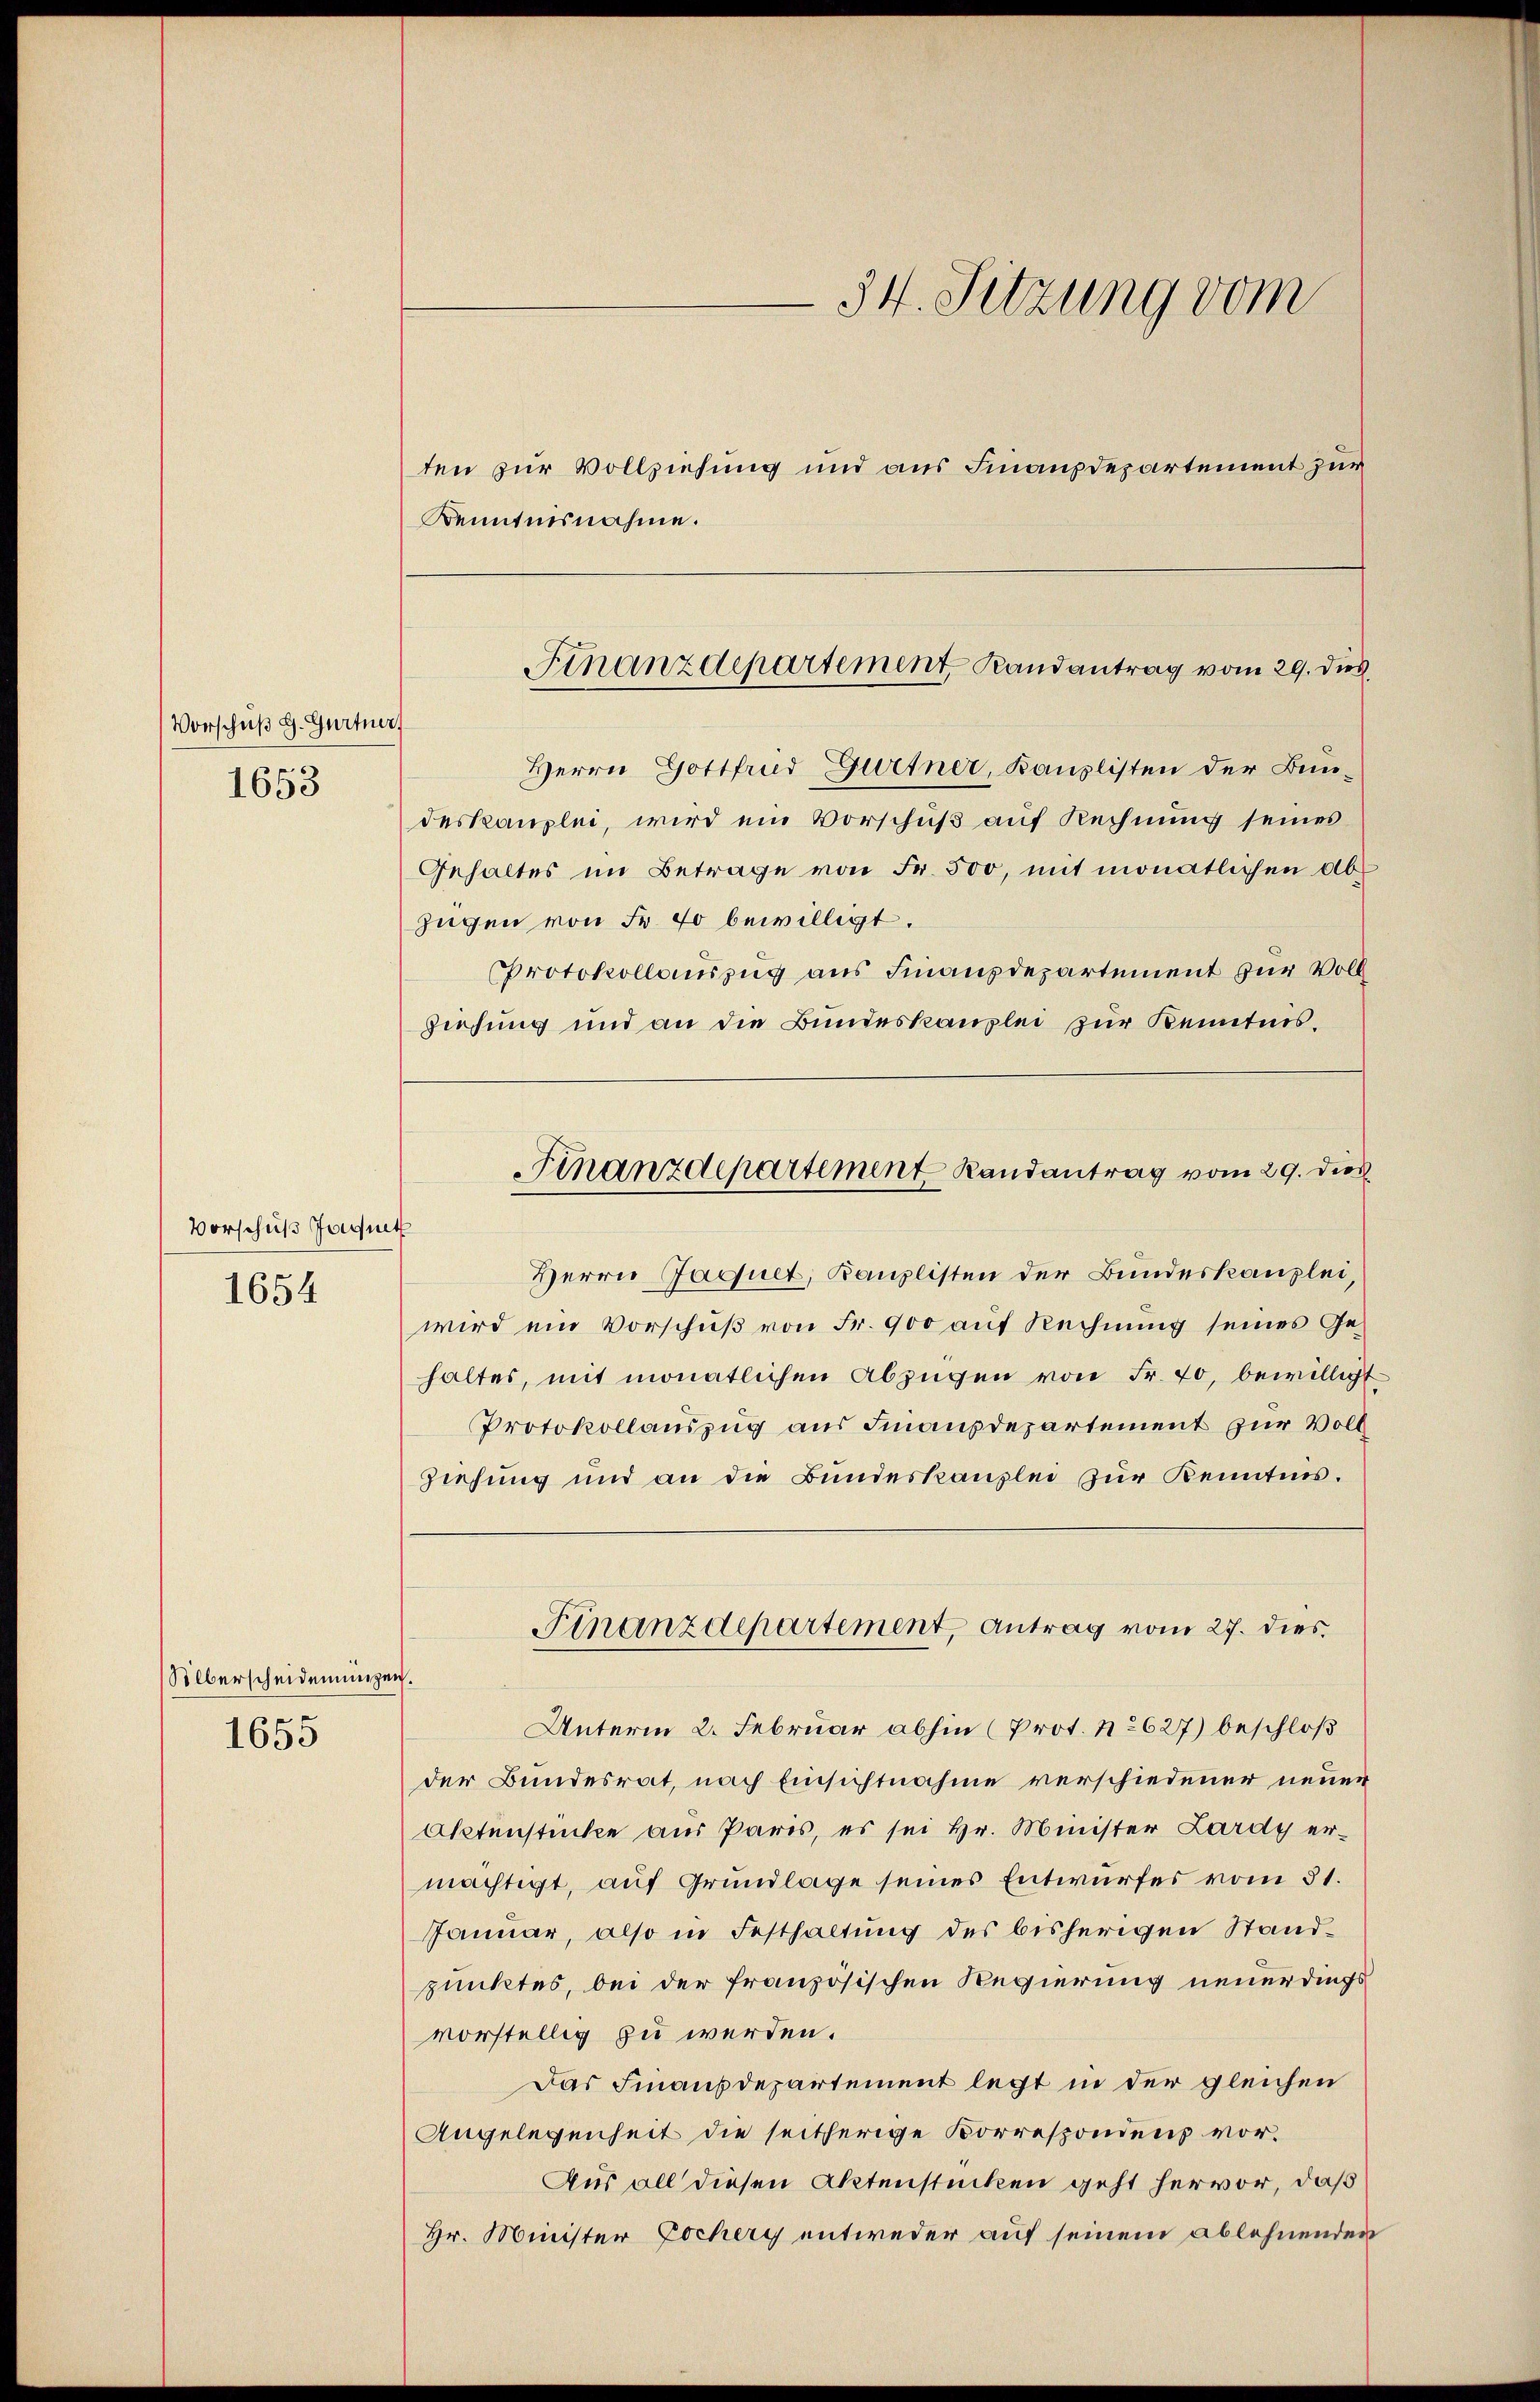
Vorschuß g. Gurtner,
1653

Vorschuß Jaquet
1654

1655

Silberscheidenningen.

ten zur Vollziehung und aus Finanzdepartement zur
Kenntnisnahme.

34. Sitzung vom

Herrn Gottfrid Gurtner, Kanzlisten der Bundeskanzlei, wird ein Vorschuß auf Rechnung seines
Gehaltes im Betrage von Fr. 500, mit monatlichen Abzügen von Fr. 40 bewilligt.
Protokollauszug aus Finanzdepartement zur Voll
Ziehung und an die Bundeskanzlei zur Kenntnis.
Finanzdepartement Randantrag vom 29. dies

Herrn Jaquet, Kanzlisten der Bundeskanzlei,
wird ein Vorschuß von Fr. 900 auf Rechnung seines Gehaltes, mit monatlichen Abzügen von Fr. 70, bewilligt
Protokollauszug aus Finanzdepartement zur Voll
Ziehung und an die Bundeskanzlei zur Kenntnis.
Unterm 2. Februar abhin (Prot. No 627) beschloß
der Bundesrat, nach Einsichtnahme verschiedener neuer
Aktenstücke aus Paris, es sei Hr. Minister Zardy ermächtigt, auf Grundlage seines Entwurfes vom 31.
Januar, also in Festhaltung des bisherigen Standpunktes, bei der französischen Regierung neuerdings
vorstellig zu werden.
Das Finanzdepartement legt in der gleichen
Angelegenheit die seitherige Korrespondens vor¬
Aus all diesen Aktenstücken geht hervor, daß
Hr. Minister Lochery entweder auf seinem ablehnenden

Finanzdepartement Randantrag vom 29. dies

Finanzdepartement, Antrag vom 27. dies